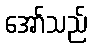
အော်သည်